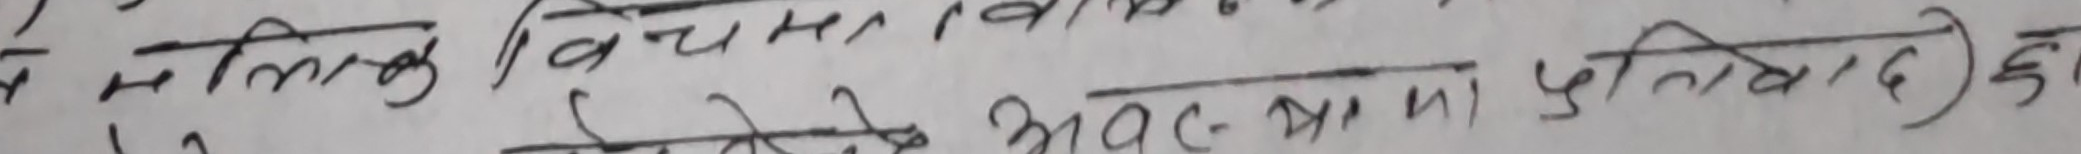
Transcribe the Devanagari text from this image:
मलिक विचार (विभिन्न प्रस्ताव तथा विरोध र प्रतिवाद) छ